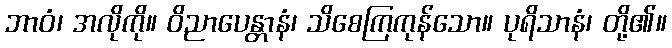
ဘာဝံ၊ အလိုကို။ ဝိညာပေန္တာနံ၊ သိစေကြကုန်သော။ ပုရိသာနံ၊ တို့၏။